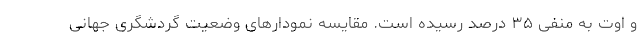
و اوت به منفی ۳۵ درصد رسیده است. مقایسه نمودارهای وضعیت گردشگری جهانی